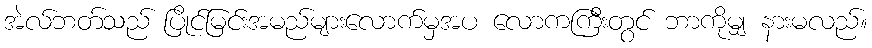
အဲလ်ဘတ်သည် ပြိုင်မြင်းအမည်များလောက်မှအပ လောကကြီးတွင် ဘာကိုမျှ နားမလည်။